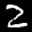
Label: 2